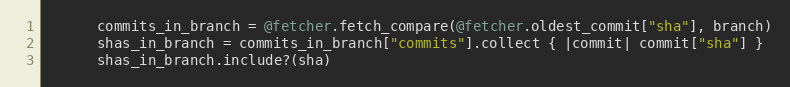
Language: Ruby
      commits_in_branch = @fetcher.fetch_compare(@fetcher.oldest_commit["sha"], branch)
      shas_in_branch = commits_in_branch["commits"].collect { |commit| commit["sha"] }
      shas_in_branch.include?(sha)